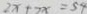
2 x + 7 x = 5 9